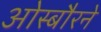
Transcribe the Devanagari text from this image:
ओस्बौरने